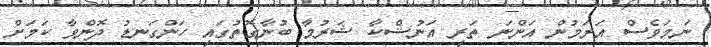
ނަމަވެސް އަރަމުން އަންނަ ތަރި އަނުޝްކާ ޝަރުމާ ބުނާގޮތުގައި ހަންގަނޑު ދޮންވާ ކަމަށް